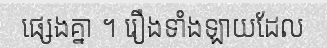
ផ្សេងគ្នា ។ រឿងទាំងឡាយដែល